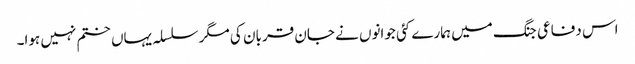
اس دفاعی جنگ میں ہمارے کئی جوانوں نے جان قربان کی مگر سلسلہ یہاں ختم نہیں ہوا۔